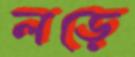
লড়ে